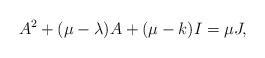
LaTeX: \begin{align*}A^2+(\mu-\lambda)A+(\mu-k)I=\mu J,\end{align*}